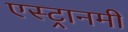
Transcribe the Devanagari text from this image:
एस्ट्रानमी